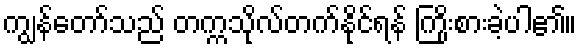
ကျွန်တော်သည် တက္ကသိုလ်တက်နိုင်ရန် ကြိုးစားခဲ့ပါ၏။